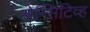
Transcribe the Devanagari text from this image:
सेन्सिटिव्ह